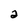
Character: 2